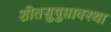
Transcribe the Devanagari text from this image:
शीतसुषुप्तावस्था